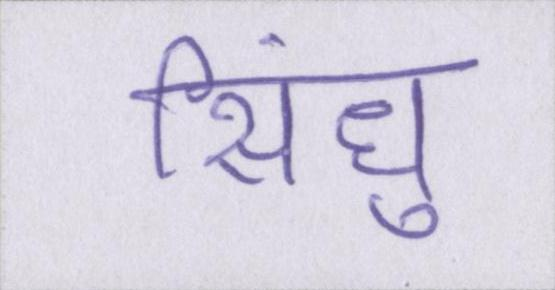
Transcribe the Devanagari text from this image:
सिंधु